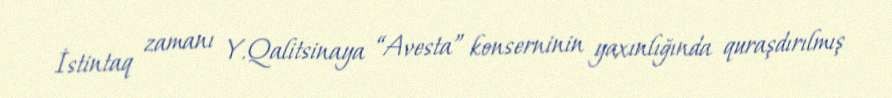
İstintaq zamanı Y.Qalitsinaya “Avesta” konserninin yaxınlığında quraşdırılmış